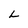
Character: L